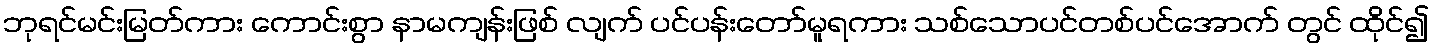
ဘုရင်မင်းမြတ်ကား ကောင်းစွာ နာမကျန်းဖြစ် လျက် ပင်ပန်းတော်မူရကား သစ်သောပင်တစ်ပင်အောက် တွင် ထိုင်၍